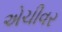
એચીવર